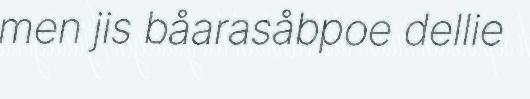
men jis båarasåbpoe dellie